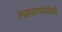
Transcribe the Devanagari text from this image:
लढ्याच्यावेळी